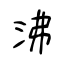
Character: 沸